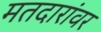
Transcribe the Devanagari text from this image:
मतदारांवर